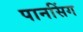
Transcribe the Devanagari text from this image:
पानसिंग